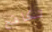
تكافح